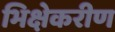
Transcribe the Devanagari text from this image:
भिक्षेकरीण